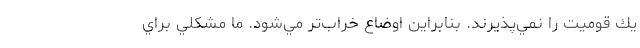
يك قوميت را نمي‌پذيرند. بنابراين اوضاع خراب‌تر مي‌شود. ما مشكلي براي